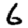
Digit: 6